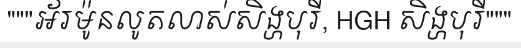
"""អ័រម៉ូនលូតលាស់សិង្ហបុរី, HGH សិង្ហបុរី"""